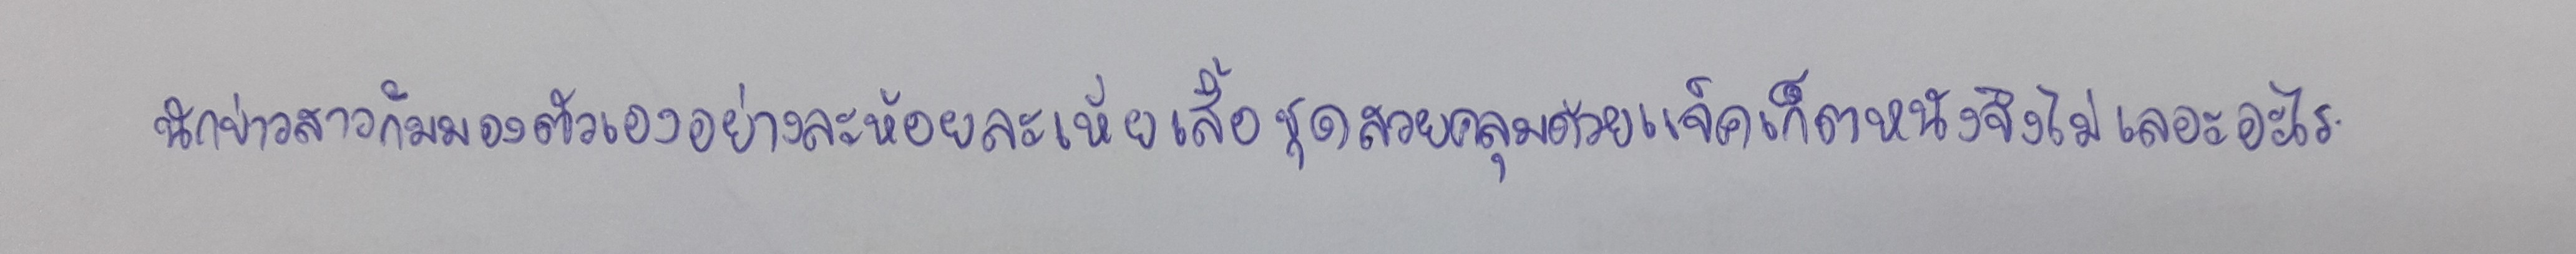
นักข่าวสาวก้มมองตัวเองอย่างละห้อยละเหี่ยเสื้อชุดสวยคลุมด้วยแจ็คเก็ตหนังจึงไม่เลอะเทอะอะไร